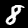
Digit: 8